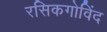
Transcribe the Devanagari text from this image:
रसिकगोविंद